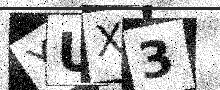
Text: YUX3